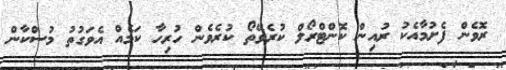
ރޮވެން ފެށުމާއެކު ރުއިން ކޮންޓްރޯލް ކުރެވޭތޯ ކުރެވެން ހުރިހާ ކަމެއް އެވަގުތު މުސްކާން